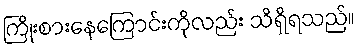
ကြိုးစားနေကြောင်းကိုလည်း သိရှိရသည်။